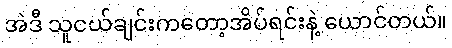
အဲဒီ သူငယ်ချင်းကတော့အိပ်ရင်းနဲ့ ယောင်တယ်။